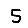
Digit: 5